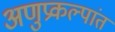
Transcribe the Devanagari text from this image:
अणुप्रकल्पांत